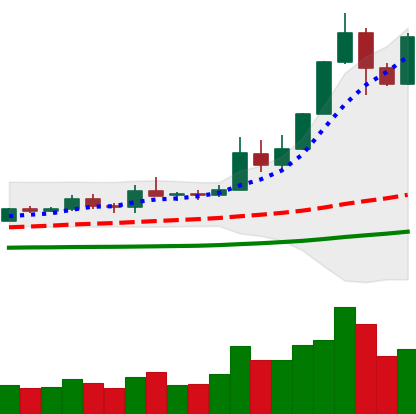
Ticker: ETH-USD
Chart end date: 2019-05-19
Forward return: -4.519%
Label: down_3_5